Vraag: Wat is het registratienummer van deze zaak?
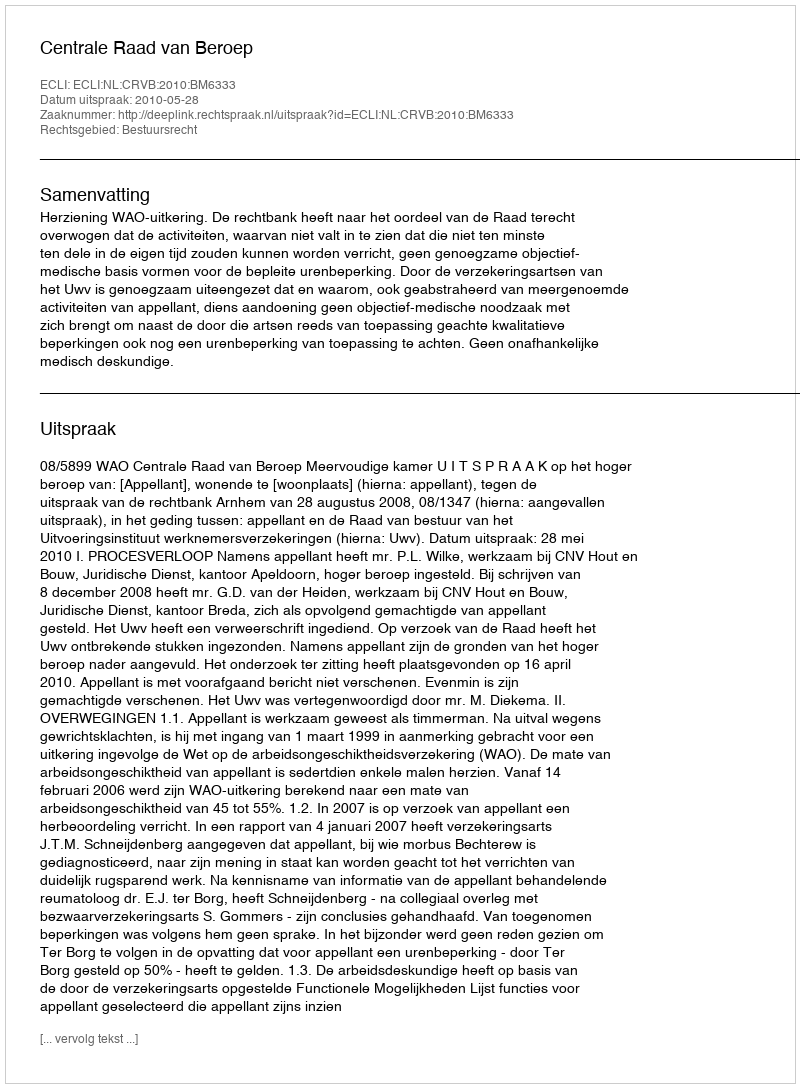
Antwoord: http://deeplink.rechtspraak.nl/uitspraak?id=ECLI:NL:CRVB:2010:BM6333